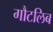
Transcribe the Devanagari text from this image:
गौटलिब